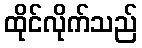
ထိုင်လိုက်သည်